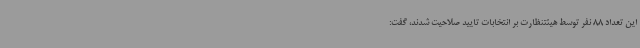
این تعداد 88 نفر توسط هیئتنظارت بر انتخابات تایید صلاحیت شدند، گفت: